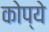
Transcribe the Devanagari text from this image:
कोप्ये